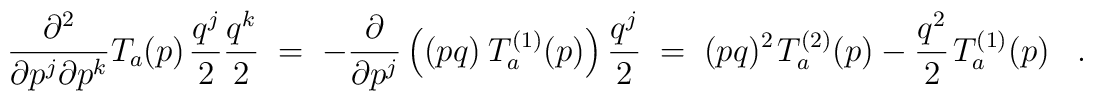
\frac{\partial^2}{\partial p^j \partial p^k} T_a(p) \:\frac{q^j}{2} \frac{q^k}{2} \;=\; -\frac{\partial}{\partial p^j} \left( (pq) \:T_a^{(1)}(p) \right) \frac{q^j}{2} \;=\; (pq)^2 \:T_a^{(2)}(p) \:-\:\frac{q^2}{2} \:T_a^{(1)}(p) \;\;\; .